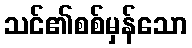
သင်၏စစ်မှန်သော